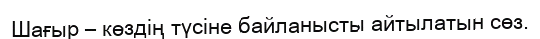
Шағыр – көздің түсіне байланысты айтылатын сөз.